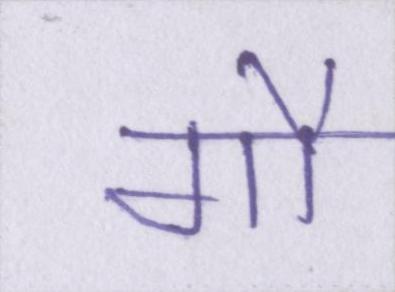
गौ